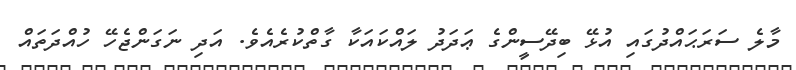
މާލެ ސަރަޙައްދުގައި އުޅޭ ބިދޭސީންގެ ޢަދަދު ލައްކައަކާ ގާތްކުރެއެވެ. އަދި ނަގަންޖެހޭ ހުއްދަތައް